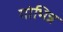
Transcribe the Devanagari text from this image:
गोभिन्न